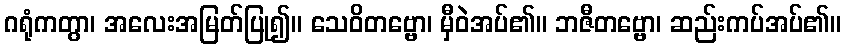
ဂရုံကတွာ၊ အလေးအမြတ်ပြု၍။ သေဝိတဗ္ဗော၊ မှီဝဲအပ်၏။ ဘဇီတဗ္ဗော၊ ဆည်းကပ်အပ်၏။